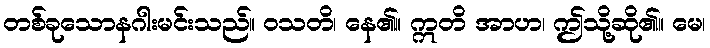
တစ်ခုသောနဂါးမင်းသည်။ ဝသတိ၊ နေ၏။ ဣတိ အာဟ၊ ဤသို့ဆို၏။ မေ၊